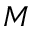
M